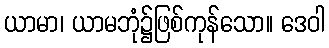
ယာမာ၊ ယာမဘုံ၌ဖြစ်ကုန်သော။ ဒေဝါ